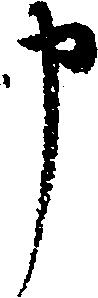
申